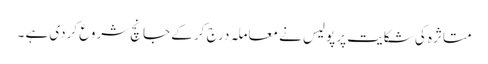
متاثرہ کی شکایت پر پولیس نے معاملہ درج کر کے جانچ شروع کردی ہے ۔